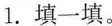
1.填一填。